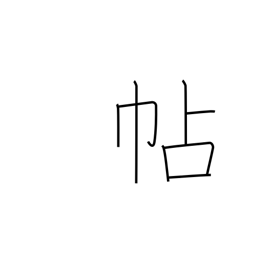
Meaning: notebook